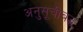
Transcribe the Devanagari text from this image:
अनुसूचीबद्ध